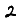
Digit: 2